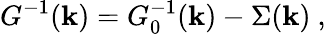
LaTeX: G^{-1}(\mathbf{k})=G_{0}^{-1}(\mathbf{k})-\Sigma(\mathbf{k})\ ,